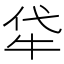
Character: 牮